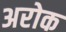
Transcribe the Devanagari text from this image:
अरोक